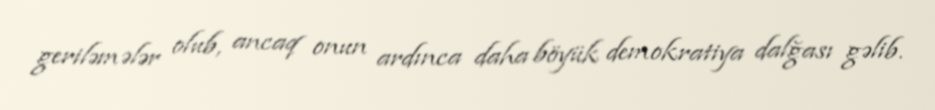
geriləmələr olub, ancaq onun ardınca daha böyük demokratiya dalğası gəlib.